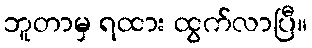
ဘူတာမှ ရထား ထွက်လာပြီ။